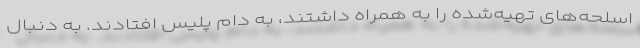
اسلحه‌های تهیه‌شده را به همراه داشتند، به دام پلیس افتادند. به دنبال